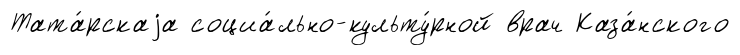
Тата́рскаjа социа́льно-культу́рной врач Каза́нского